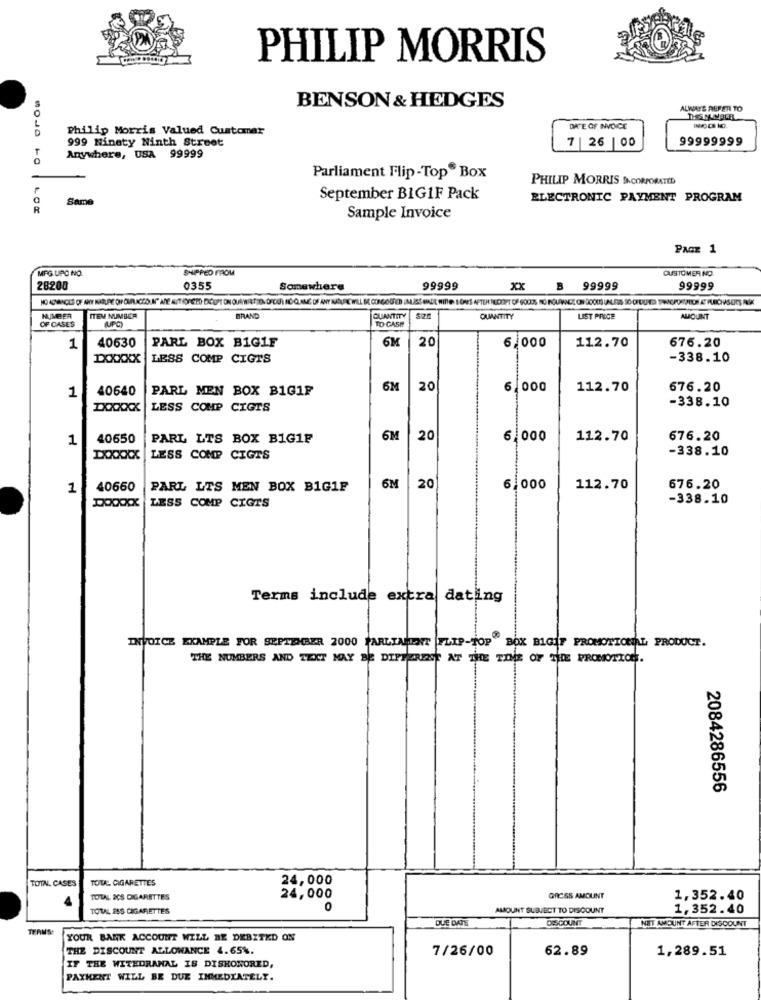
PHILIP MORRIS
BENSON & HEDGES
ALWAYS REFER TO
Philip Morris Valued Customer
DATE OF INVOICE
999 Ninety Ninth Street
7 | 26 |00
99999999
0
Anywhere, USA 99999
Parliament Flip-Top Box
PHILIP MORRIS INCORPORATED
Same
September BIG1F Pack
ELECTRONIC PAYMENT PROGRAM
R
Sample Invoice
PAGE 1
MFG UPC NO
SHIPPED FROM
CUSTOMER NO
28200
0355
Somewhere
99999
B 99999
99999
HUMBER
OF CASES
ITEM NUMBER
UPC
BRAND
QUANTITY
TO CASH
QUANTITY
LIST PRICE
AMOUNT
PARL BOX BIG1F
6M
20
112.70
676.20
1
40630
6.000
IXXXXX
LESS COMP CIGTS
-338.10
40640
PARL MEN BOX BIG1F
6M
20
6.000
112.70
676.20
1
-338.10
LESS COMP CIGTS
1
40650
PARL LTS BOX BIG1F
6M
20
6.000
112.70
676.20
-338.10
DOCOCK
LESS COMP CIGTS
1
40660
PARL LTS MEN BOX B1G1F
6M
20
6.000
112.70
676.20
LESS COMP CIGTS
-338.10
Terms include extra dating
INVOICE EXAMPLE FOR SEPTEMBER 2000 PARLIAMENT FLIP-TOP BOX BIGIF PROMOTIONAL PRODUCT.
THE NUMBERS AND TEXT MAY BE DIFFERENT AT THE TIME OF THE PROMOTION.
2084286556
TOTAL CIGARETTES
24,000
TOTN. CASES
TOTAL 2CS CIGARETTES
24,000
GROSS AMOUNT
1,352.40
TOTAL ESS CIGARETTES
0
AMOUNT SUBJECT TO DISCOUNT
1,352.40
DUE DATE
DISCOUNT
NET AMOUNT AFTER DISCOUNT
YOUR BANK ACCOUNT WILL BE DEBITED ON
THE DISCOUNT ALLOWANCE 4.65%.
7/26/00
62.89
1,289.51
IF THE WITHDRAWAL IS DISHONORED,
PAXMENT WILL BE DUE IMMEDIATELY.